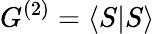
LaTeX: G^{(2)}=\langle S|S\rangle